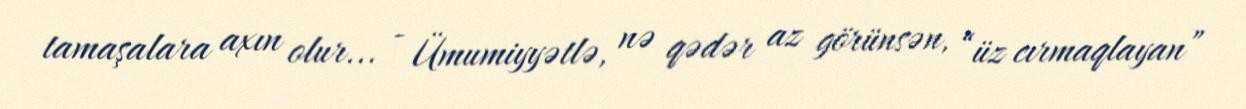
tamaşalara axın olur... - Ümumiyyətlə, nə qədər az görünsən, “üz cırmaqlayan”